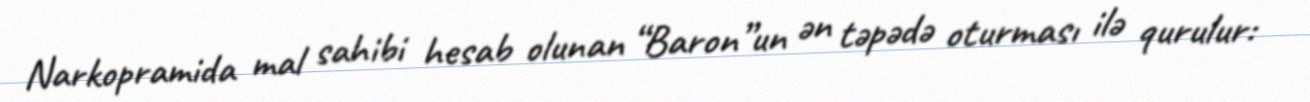
Narkopramida mal sahibi hesab olunan “Baron”un ən təpədə oturması ilə qurulur: